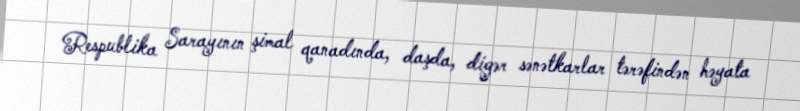
Respublika Sarayının şimal qanadında, daşda, digər sənətkarlar tərəfindən həyata